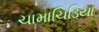
ચામાચિડિયા